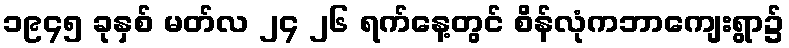
၁၉၄၅ ခုနှစ် မတ်လ ၂၄ ၂၆ ရက်နေ့တွင် စိန်လုံကဘာကျေးရွာ၌